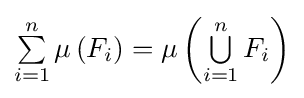
\textstyle \sum \limits _{i=1}^{n}\mu \left(F_{i}\right)=\mu \left(\textstyle \bigcup \limits _{i=1}^{n}F_{i}\right)